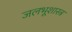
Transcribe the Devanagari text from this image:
जलभूशास्त्र